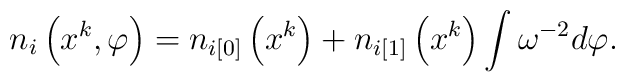
n_{i}\left( x^{k},\varphi \right) =n_{i[0]}\left( x^{k}\right)+n_{i[1]}\left( x^{k}\right) \int \omega ^{-2}d\varphi .